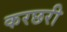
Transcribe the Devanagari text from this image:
करछरी